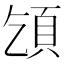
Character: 𩑔